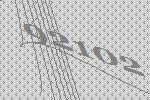
92102